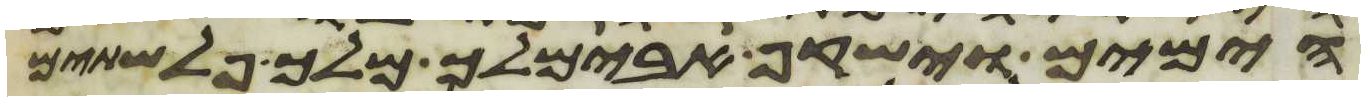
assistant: הימים וישקף אבימלך מלך פלשתים